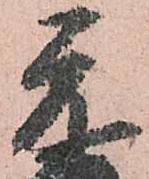
元